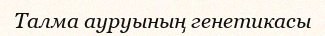
Талма ауруының генетикасы